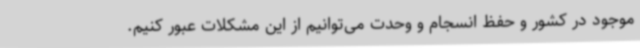
موجود در کشور و حفظ انسجام و وحدت می‌توانیم از این مشکلات عبور کنیم.